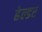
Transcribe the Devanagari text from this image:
हेल्डर